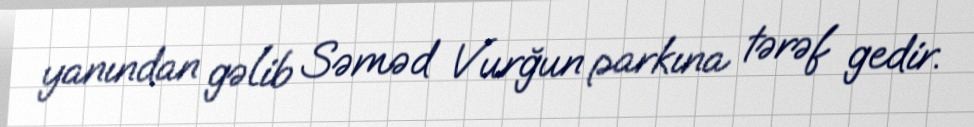
yanından gəlib Səməd Vurğun parkına tərəf gedir.